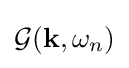
{\mathcal {G}}(\mathbf {k} ,\omega _{n})